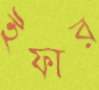
ইফার